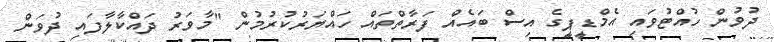
ދުވުން ހުއްޓުވައި އެމްޑީޕީގެ އިސް ބައެއް ފަރާތްތައް ހައްޔަރުކުރުމުން "މާވަރު ދައްކާލާފައި ދުވަން